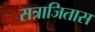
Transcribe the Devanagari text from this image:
सत्राजितास